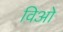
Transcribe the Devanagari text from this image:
विओ